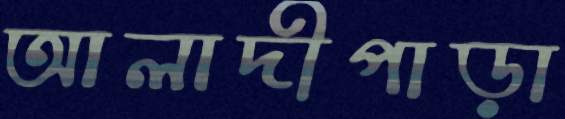
আলাদীপাড়া